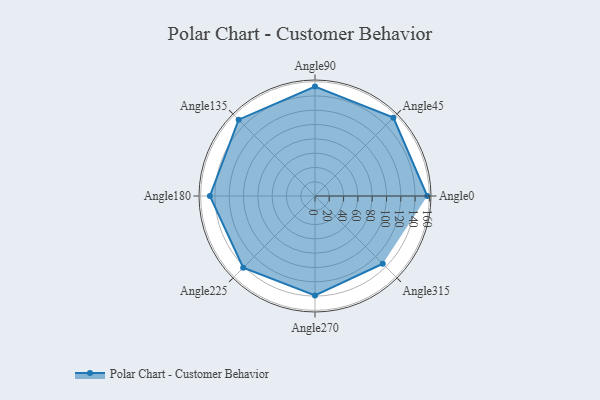
{"axis": {"x": "Angle", "y": "Radius"}, "legend": [""], "data": [{"x": "Angle0", "y": 157.0, "type": ""}, {"x": "Angle45", "y": 155.0, "type": ""}, {"x": "Angle90", "y": 153.0, "type": ""}, {"x": "Angle135", "y": 151.0, "type": ""}, {"x": "Angle180", "y": 147.0, "type": ""}, {"x": "Angle225", "y": 142.0, "type": ""}, {"x": "Angle270", "y": 139.0, "type": ""}, {"x": "Angle315", "y": 134.0, "type": ""}]}